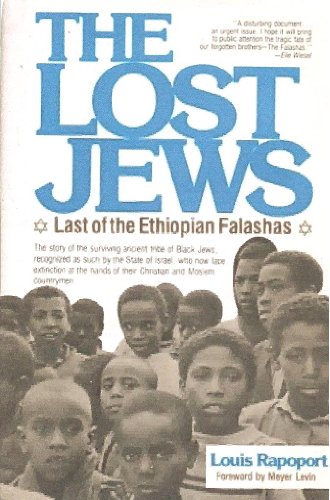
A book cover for The Lost Jews: Last of the Ethiopian Falashas; Louis Rapoport; History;